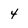
Character: 4